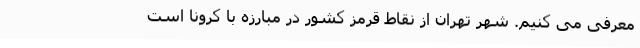
معرفی می کنیم. شهر تهران از نقاط قرمز کشور در مبارزه با کرونا است